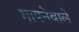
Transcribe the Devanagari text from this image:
मापनेवाले